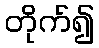
တိုက်၍